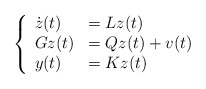
\begin{align*} \left\{ \begin{array}{ll} \dot{z}(t)&=Lz(t)\\ Gz(t)&=Qz(t)+v(t)\\ y(t)&=Kz(t) \end{array} \right.\end{align*}